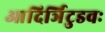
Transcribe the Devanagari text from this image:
आदिर्ञिटुडवः